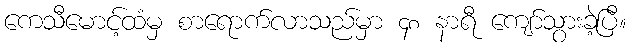
ကေသီမောင့်ထံမှ စာရောက်လာသည်မှာ ၄၈ နာရီ ကျော်သွားခဲ့ပြီ။